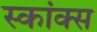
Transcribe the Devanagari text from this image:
स्कांक्स